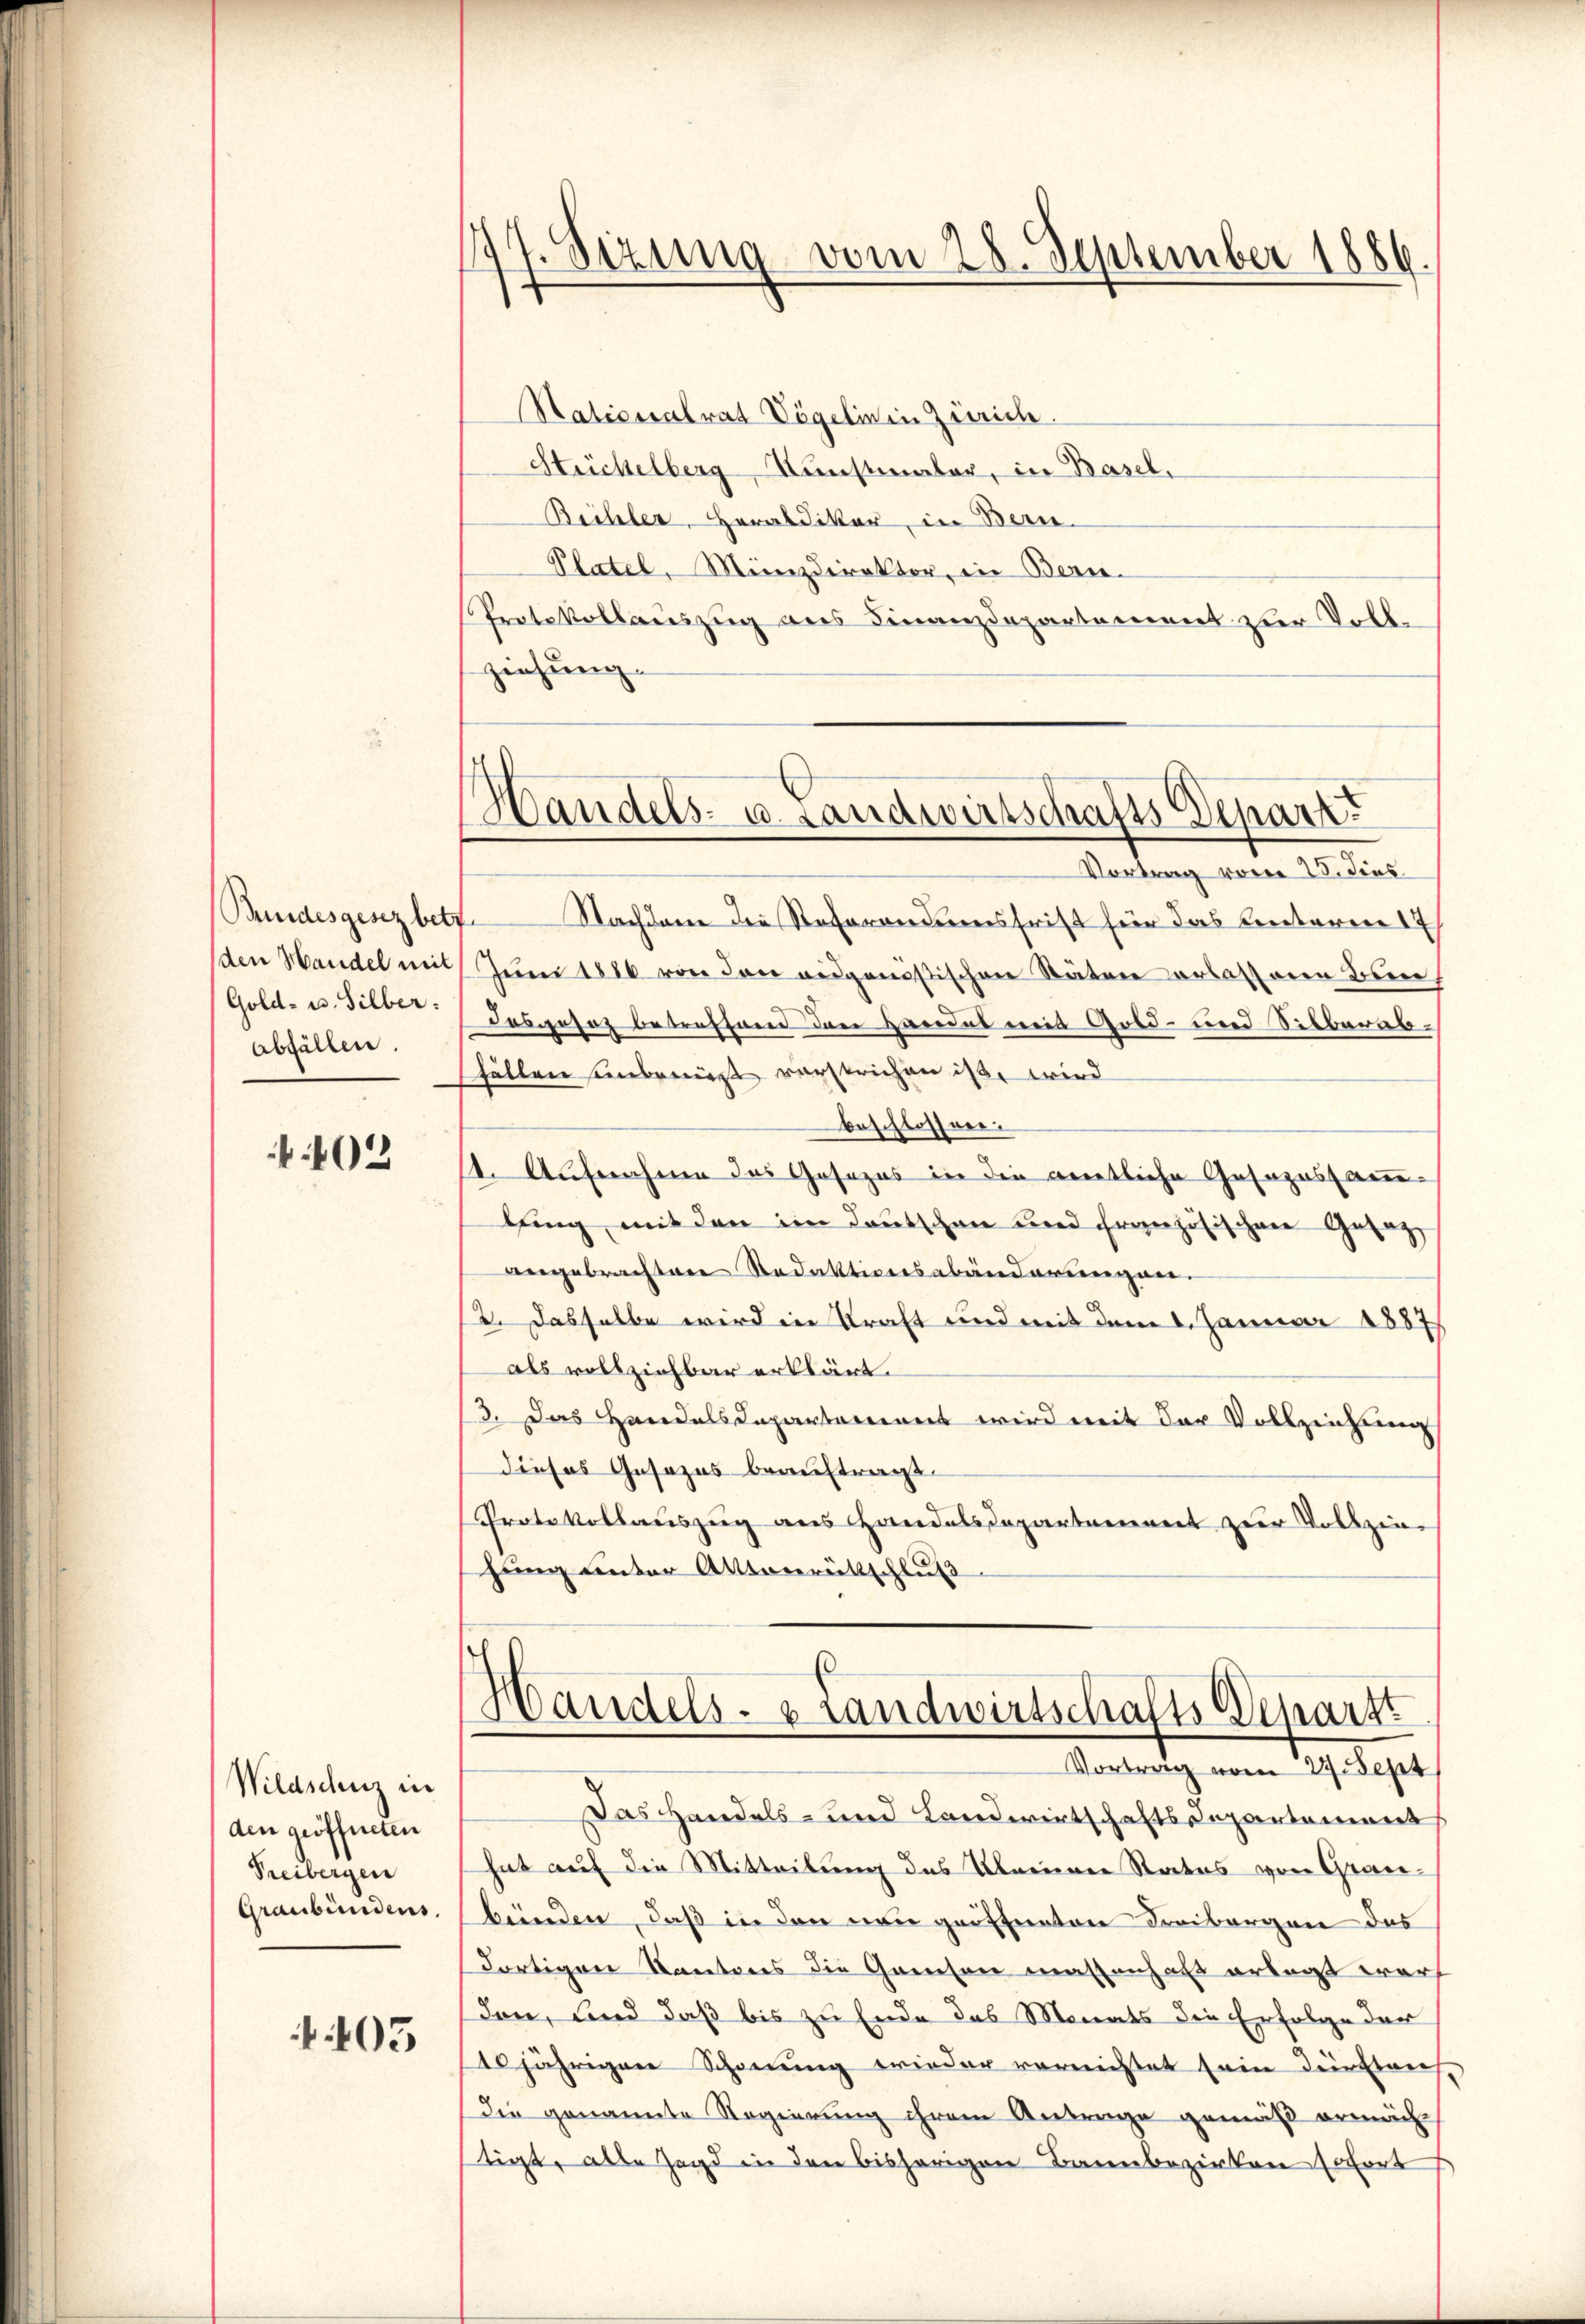
(den Handel mit
(Gold- u. Silber:
Abfällen.

402

Wildschuz in
den geöffneten
Treibergen
Graubündens.

403

)
sung vom 28. September 1886.

Handels- u. Landwirtschafts Depart

Nationalrat Vögelin in Zürich.
Stückelberg, Kunstmater, in Basel.
Büchler, Herabdiker, in Bern.
Platel, Münzdirektor, in Bern.
Protokollauszug aus Finanzdepartement zur Vollziehung.
Vortrag vorer 25. dies
Bundesgesez betr. Nachdem die Referandumsfrist für das Unterm 1
Juni 1880 von den ausgenößischen Stäten erlasseren Be
dasgesez betreffend den Handes mit Gold- und Silberabfällen einbrennst verstrichen ist, wird
beschlossen.
14. Aufnahme das Gesezes in die amtliche Gesezessammlfing, mit den im Lautschen und Französischen Gesag
angebrachten Redaktionsabänderungen.
2. Dasselbe wird in Kraft und mit dem 1. Januar 1887
als vollziehbar erklärt.
13. Das Handelsdepartement wird mit der Vollzeichung
dieses Gesezes beauftragt.
Protokollauszug aus Handelsdepartament zur Vollziehung unter Atttonrittschluß

Handels- & Landwirtschafts-Depart
Vortrag vom 27. Sept

Das Handels- und Landwirtschaftssepartement
hat auf die Mitteilung des Kleinen Rates von Graubünden, daß in den neu geöffneten Freibergen das
Fortigen Kantons die Gandson massenhaft ertagt warf
den, und daß bis zu Ende das Monats die Erfolge der
10jährigen Schonung wieder vernichtet sein durchleich
die genannte Regierung ihrem Antrage gemäß ermächtigt, alle Jagd in den bisherigen Bannbezirken sofort